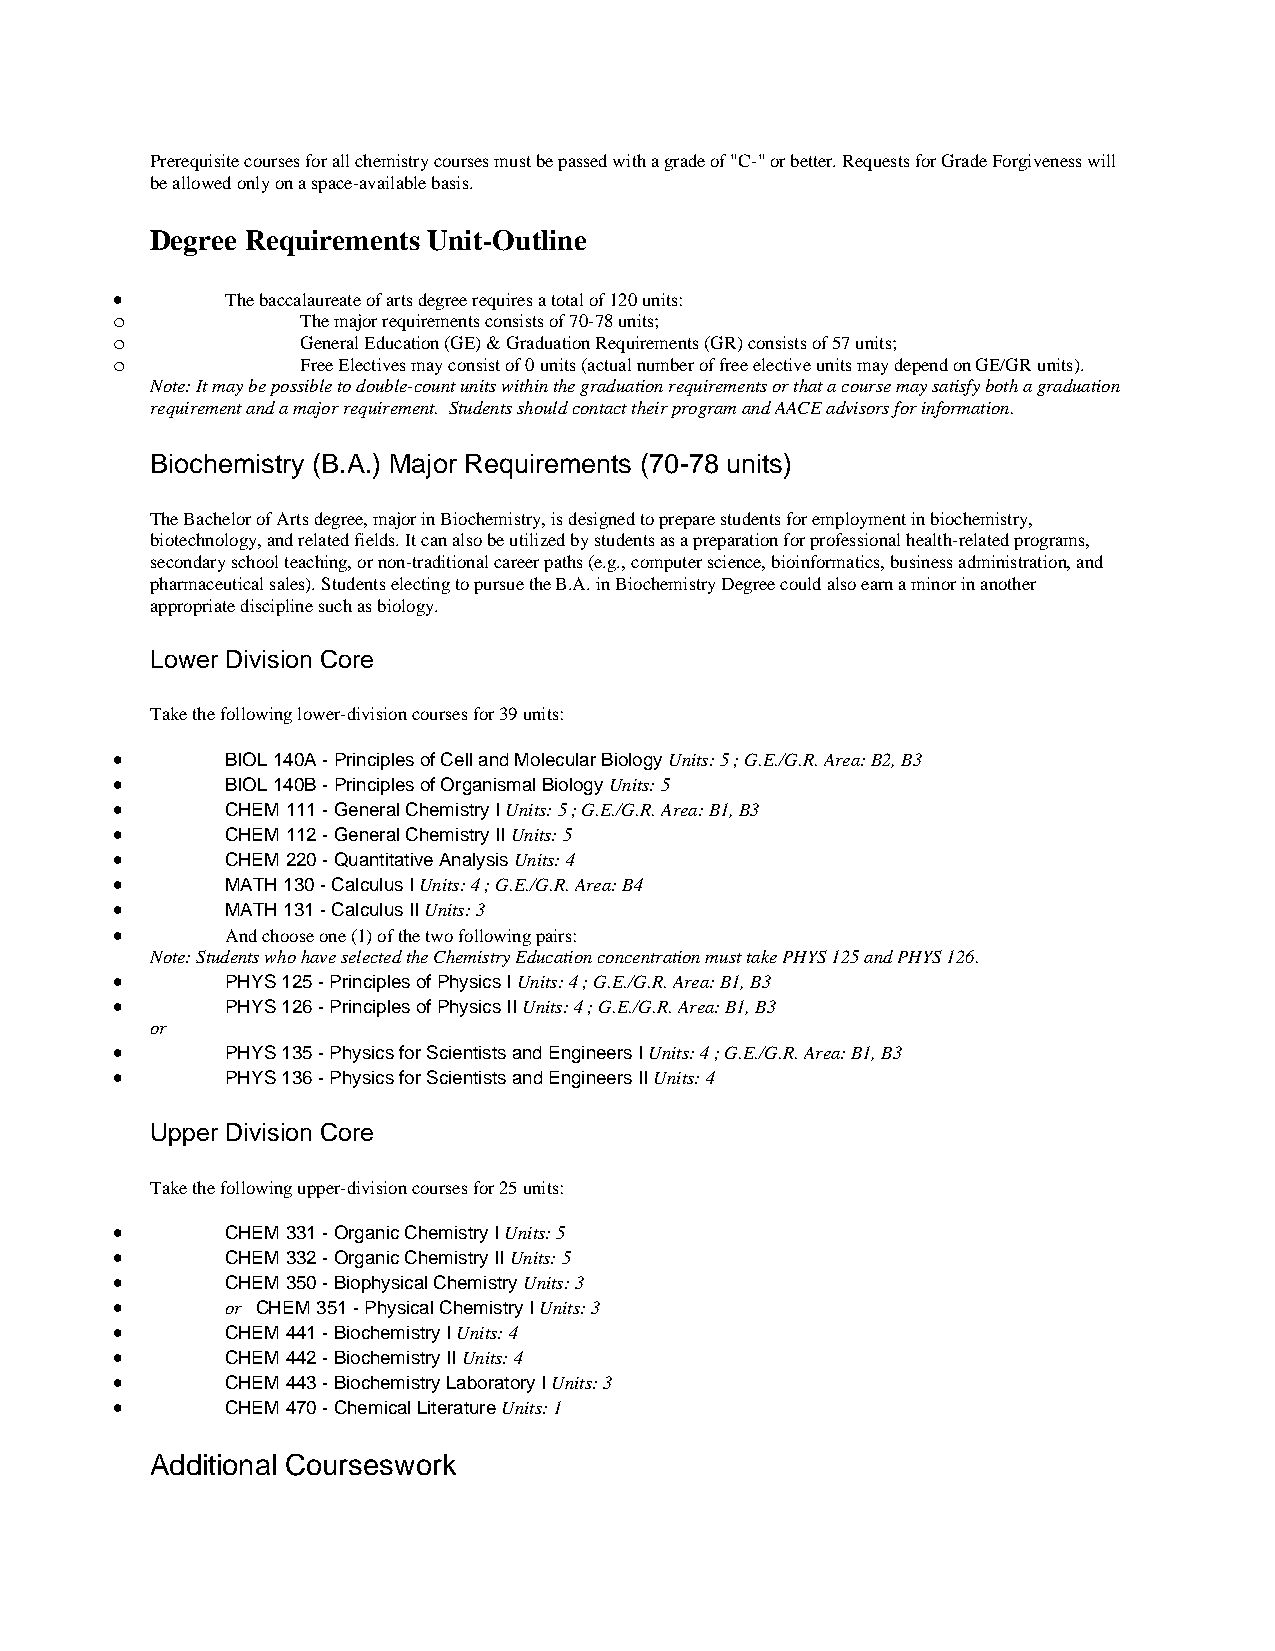
Prerequisite courses for all chemistry courses must be passed with a grade of "C-" or better. Requests for Grade Forgiveness will
 be allowed only on a space-available basis.
 Degree Requirements Unit-Outline
 •       The baccalaureate of arts degree requires a total of 120 units:
 o            The major requirements consists of 70-78 units;
 o            General Education (GE) & Graduation Requirements (GR) consists of 57 units;
 o            Free Electives may consist of 0 units (actual number of free elective units may depend on GE/GR units).
 Note: It may be possible to double-count units within the graduation requirements or that a course may satisfy both a graduation
 requirement and a major requirement. Students should contact their program and AACE advisors for information.
 Biochemistry (B.A.) Major Requirements (70-78 units)
 The Bachelor of Arts degree, major in Biochemistry, is designed to prepare students for employment in biochemistry,
 biotechnology, and related fields. It can also be utilized by students as a preparation for professional health-related programs,
 secondary school teaching, or non-traditional career paths (e.g., computer science, bioinformatics, business administration, and
 pharmaceutical sales). Students electing to pursue the B.A. in Biochemistry Degree could also earn a minor in another
 appropriate discipline such as biology.
 Lower Division Core
 Take the following lower-division courses for 39 units:
 •       BIOL 140A - Principles of Cell and Molecular Biology Units: 5 ; G.E./G.R. Area: B2, B3
 •       BIOL 140B - Principles of Organismal Biology Units: 5
 •       CHEM 111 - General Chemistry I Units: 5 ; G.E./G.R. Area: B1, B3
 •       CHEM 112 - General Chemistry II Units: 5
 •       CHEM 220 - Quantitative Analysis Units: 4
 •       MATH 130 - Calculus I Units: 4 ; G.E./G.R. Area: B4
 •       MATH 131 - Calculus II Units: 3
 •       And choose one (1) of the two following pairs:
 Note: Students who have selected the Chemistry Education concentration must take PHYS 125 and PHYS 126.
 •       PHYS 125 - Principles of Physics I Units: 4 ; G.E./G.R. Area: B1, B3
 •       PHYS 126 - Principles of Physics II Units: 4 ; G.E./G.R. Area: B1, B3
 or
 •       PHYS 135 - Physics for Scientists and Engineers I Units: 4 ; G.E./G.R. Area: B1, B3
 •       PHYS 136 - Physics for Scientists and Engineers II Units: 4
 Upper Division Core
 Take the following upper-division courses for 25 units:
 •       CHEM 331 - Organic Chemistry I Units: 5
 •       CHEM 332 - Organic Chemistry II Units: 5
 •       CHEM 350 - Biophysical Chemistry Units: 3
 •       or CHEM 351 - Physical Chemistry I Units: 3
 •       CHEM 441 - Biochemistry I Units: 4
 •       CHEM 442 - Biochemistry II Units: 4
 •       CHEM 443 - Biochemistry Laboratory I Units: 3
 •       CHEM 470 - Chemical Literature Units: 1
 Additional Courseswork